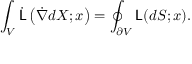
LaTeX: \int _ { V } { \dot { \mathsf { L } } } \left( { \dot { \nabla } } d X ; x \right) = \oint _ { \partial V } { \mathsf { L } } ( d S ; x ) .